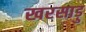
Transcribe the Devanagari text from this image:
खरसाड़ु